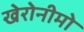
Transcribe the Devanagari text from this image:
खेरोनीमो